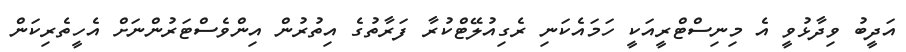
އަދީބު ވިދާޅުވީ އެ މިނިސްޓްރީއަކީ ހަމައެކަނި ރެގިއުލޭޓްކުރާ ފަރާތުގެ އިތުރުން އިންވެސްޓަރުންނަށް އެހީތެރިކަން